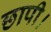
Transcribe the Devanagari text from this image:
छापी।